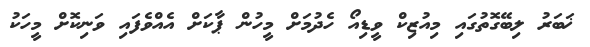
ޚަބަރު ލިބޭގޮތުގައި މިއުޒިކް ވީޑިއޯ ހެދުމަށް މީހުން ޕާކަށް އެއްވެފައި ވަނިކޮށް މީހަކު